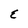
Character: E